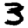
Digit: 3